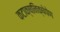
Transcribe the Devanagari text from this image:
कटाक्षनिक्षेपेण